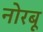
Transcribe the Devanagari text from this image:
नोरबू